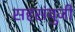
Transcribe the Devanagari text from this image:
सहसंयुजी